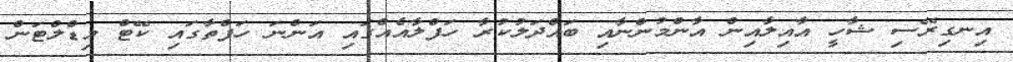
އިނގިރޭސި ޝާހީ އާއިލާއިން އާންމުންނާއި ބައްދަލުކުރާ ހަފްލާއެއްގައި އަންނަ ހަފްތާގައި ކޭޓް މިޑްލްޓަން